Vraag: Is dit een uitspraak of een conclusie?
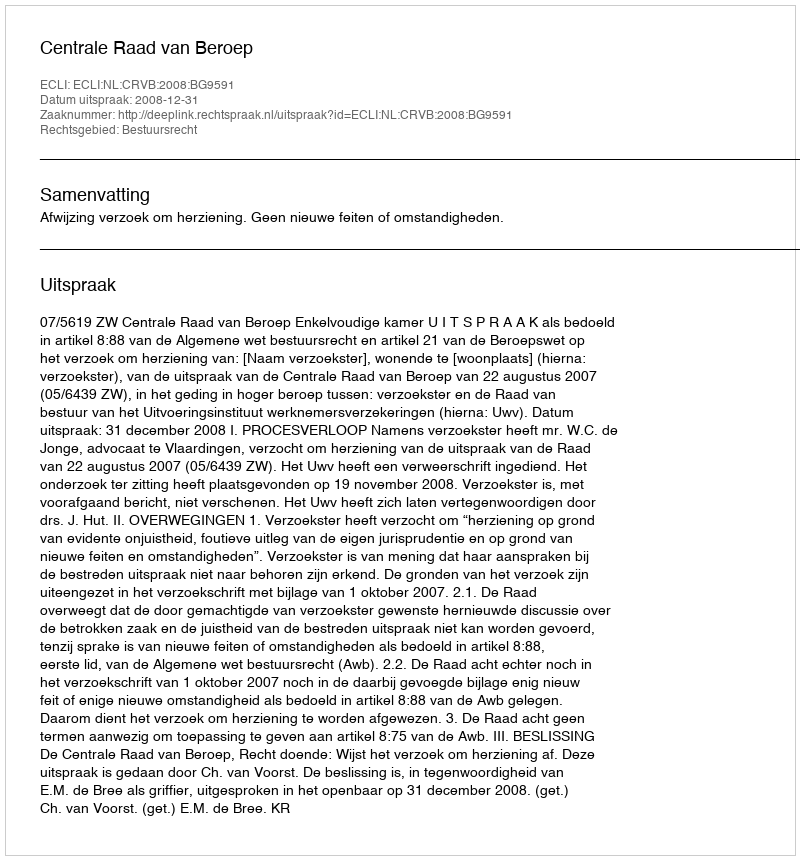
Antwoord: Uitspraak